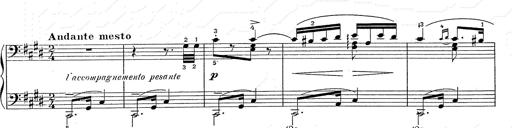
Title: Hungarian Rhapsody No.2
Composer: Franz Liszt
Key: C-sharp minor